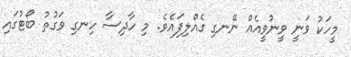
މީހަކު ވަނީ ވީނުވީއެއް ނޭނގި ގެއްލިފައެވެ. މި ހާދިސާ ހިނގި ވަގުތު ބޯޓުގައި